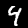
Digit: 4